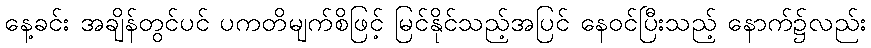
နေ့ခင်း အချိန်တွင်ပင် ပကတိမျက်စိဖြင့် မြင်နိုင်သည့်အပြင် နေဝင်ပြီးသည့် နောက်၌လည်း